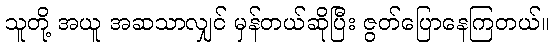
သူတို့ အယူ အဆသာလျှင် မှန်တယ်ဆိုပြီး ဇွတ်ပြောနေကြတယ်။